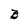
Character: B